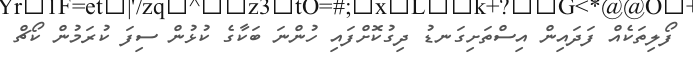
ފޯލިތަކެއް ފަދައިން އިސްތަށިގަނޑު ދިގުކޮށްފައި ހުންނަ ބަކާގެ ކުޅުން ސިފަ ކުރަމުން ކޯޗް